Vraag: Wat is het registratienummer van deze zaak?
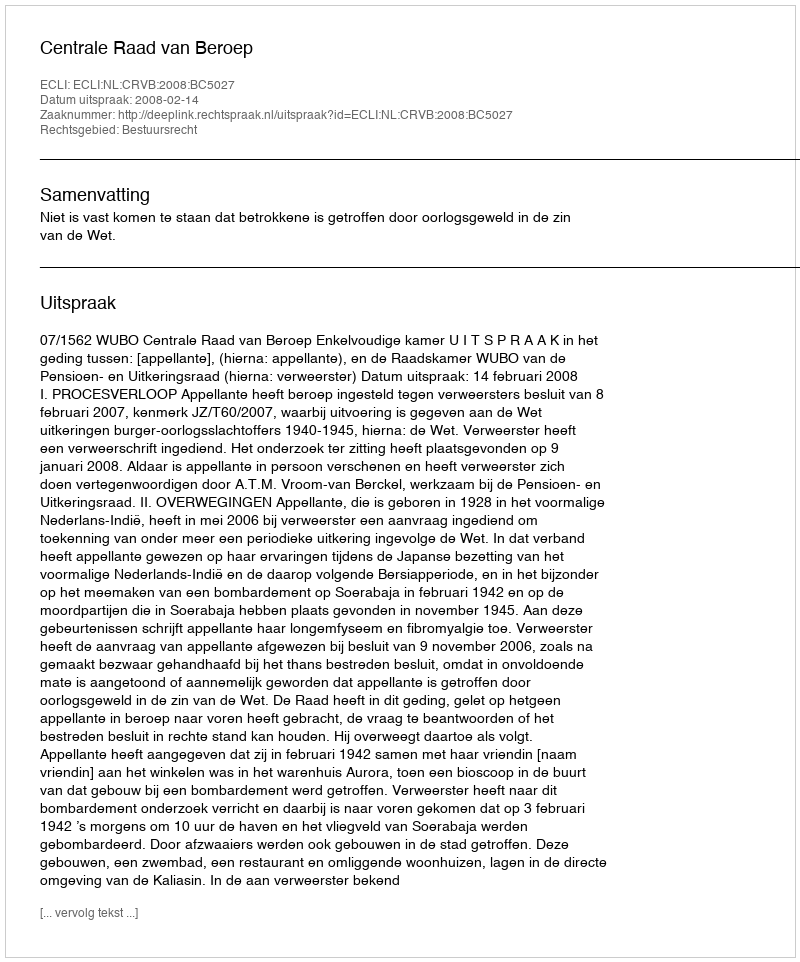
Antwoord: http://deeplink.rechtspraak.nl/uitspraak?id=ECLI:NL:CRVB:2008:BC5027